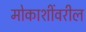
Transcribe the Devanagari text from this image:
मोकाशींवरील